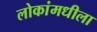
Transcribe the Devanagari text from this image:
लोकांमधीला